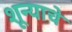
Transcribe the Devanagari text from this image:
शून्याचे